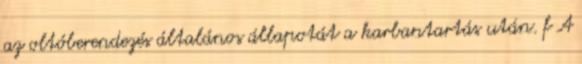
az oltóberendezés általános állapotát a karbantartás után. f A